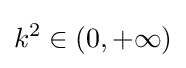
k^{2}\in (0,+\infty )